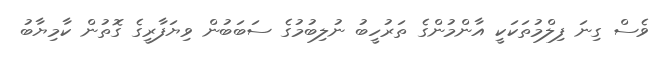
ވެސް ގިނަ ފިލްމުތަކަކީ އާންމުންގެ ތަރުހީބު ނުލިބުމުގެ ސަބަބުން ވިޔަފާރީގެ ގޮތުން ކާމިޔާބު